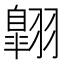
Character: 翺